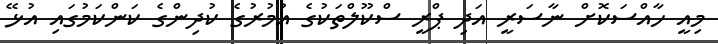
މިއީ ހާއްސަކޮށް ނާސަރީ އަދި ޕްރީ ސްކޫލްތަކުގެ އުމުރުގެ ކުދިންގެ ކަންކަމުގައި އުޅޭ